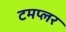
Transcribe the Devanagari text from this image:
टमप्लर